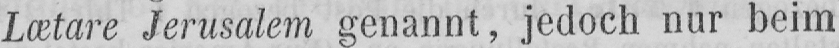
Lætare Jerusalem genannt, jedoch nur beim